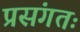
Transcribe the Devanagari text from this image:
प्रसंगतः